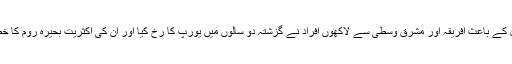
غربت، شورش پسندی اور امن و امان کی خراب صورتحال کے باعث افریقہ اور مشرق وسطیٰ سے لاکھوں افراد نے گزشتہ دو سالوں میں یورپ کا رخ کیا اور ان کی اکثریت بحیرہ روم کا خطرناک سفر کر کے یورپ جانے کی کوشش کر چکی ہے۔